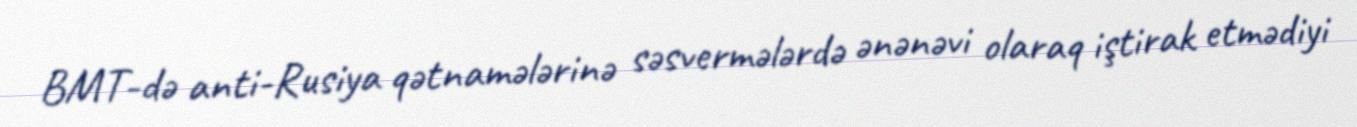
BMT-də anti-Rusiya qətnamələrinə səsvermələrdə ənənəvi olaraq iştirak etmədiyi